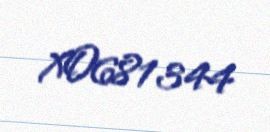
XO681344